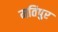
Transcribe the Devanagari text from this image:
मतिपुर